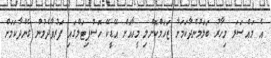
އެ މައްސަލަ މިހާރު ބަލަމުންދާކަމަށާ ޒަހަމްކޮށްލި މީހާއަށް އޭޑީކޭ ހޮސްޕިޓަލްގައި ފަަރުވާދެމުން ގެންދާކަަމަށް